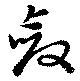
斂